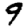
Digit: 9